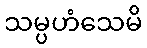
သမ္ပဟံသေမိ